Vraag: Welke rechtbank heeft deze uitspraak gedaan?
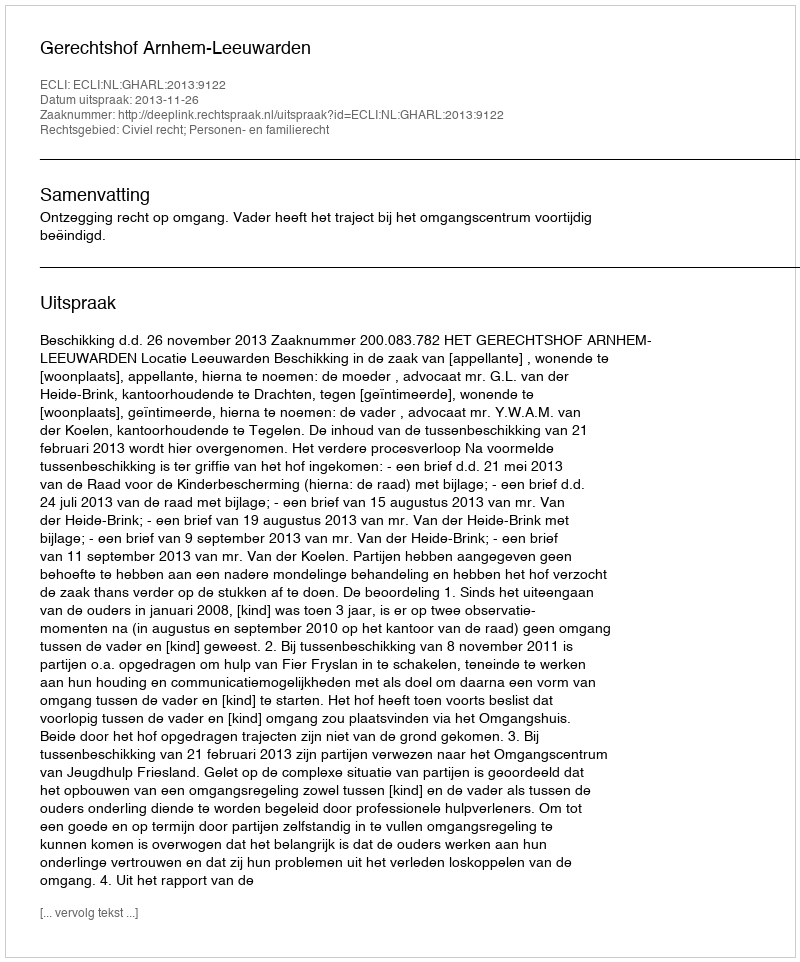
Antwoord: Gerechtshof Arnhem-Leeuwarden